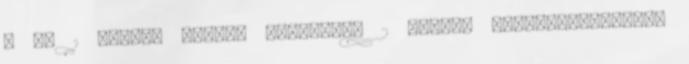
S EG 1 József Attila ÚTRAHÍVÁS 2 József Attila-verssorok